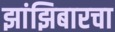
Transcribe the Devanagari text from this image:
झांझिबारचा